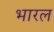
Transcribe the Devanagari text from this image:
भारल